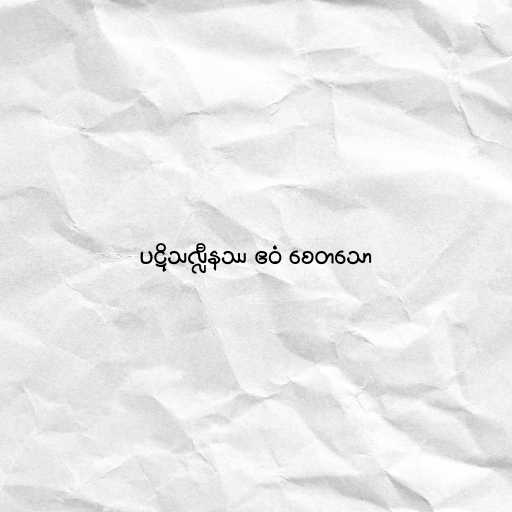
ပဋိသလ္လီနဿ ဧဝံ စေတသော